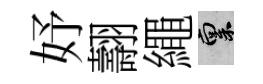
妤翿繩禀